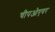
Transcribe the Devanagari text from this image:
चीपओएयर